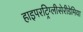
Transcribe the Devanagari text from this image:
हाइपरट्रिग्लीसेरीडेमिया